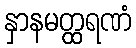
နှာနမတ္ထရဏံ